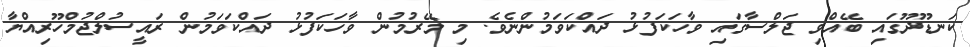
ކަނޑޫދޫގައި ބޭއްވި ޖަލްސާގައި ވާހަކަފުޅު ދައްކަވަމުންނެވެ. މި މޭރުމުން ވާހަކަފުޅު ދައްކަވަމުން ރައީސުލްޖުމްހޫރިއްޔާ